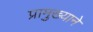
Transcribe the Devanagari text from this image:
प्रामुख्‍याने